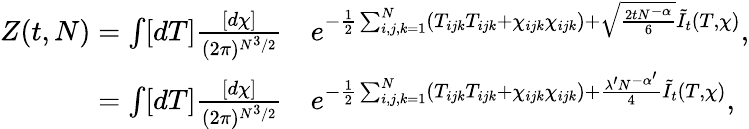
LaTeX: \begin{array}{rl}{Z(t,N)=\int[dT]\frac{[d\chi]}{(2\pi)^{N^{3}/2}}}&{e^{-\frac{1}{2}\sum_{i,j,k=1}^{N}(T_{ijk}T_{ijk}+\chi_{ijk}\chi_{ijk})+\sqrt{\frac{2tN^{-\alpha}}{6}}\tilde{I}_{t}(T,\chi)}\mathrm{,}}\\ {=\int[dT]\frac{[d\chi]}{(2\pi)^{N^{3}/2}}}&{e^{-\frac{1}{2}\sum_{i,j,k=1}^{N}(T_{ijk}T_{ijk}+\chi_{ijk}\chi_{ijk})+\frac{\lambda^{\prime}N^{-\alpha^{\prime}}}{4}\tilde{I}_{t}(T,\chi)}\mathrm{,}}\end{array}